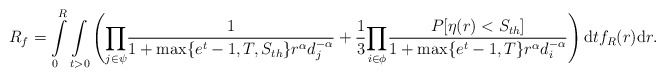
\begin{align*}R_f = \int\limits_{0}^{R}\underset{t>0}\int\left(\underset{j \in \psi}\prod\frac{1}{1+\max\{e^t-1,T,S_{th}\} r^\alpha d_j^{-\alpha}}+\frac{1}{3}\underset{i \in \phi}\prod\frac{P[\eta(r)<S_{th}]}{1+\max\{e^t-1,T\}r^\alpha d_i^{-\alpha}}\right)\mathrm{d}tf_R(r)\mathrm{d}r .\end{align*}